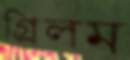
গ্রিলম